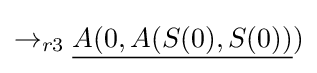
\rightarrow _{r3}{\underline {A(0,A(S(0),S(0))}})